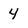
Character: 4